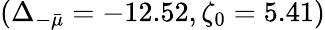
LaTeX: (\Delta_{-\bar{\mu}}=-12.52,\zeta_{0}=5.41)